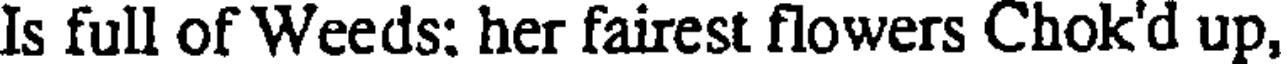
Is full of Weeds: her fairest flowers Chok'd up,